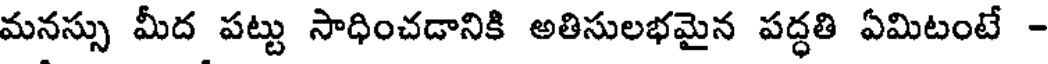
మనస్సు మీద పట్టు సాధించడానికి అతిసులభమైన పద్ధతి ఏమిటంటే -